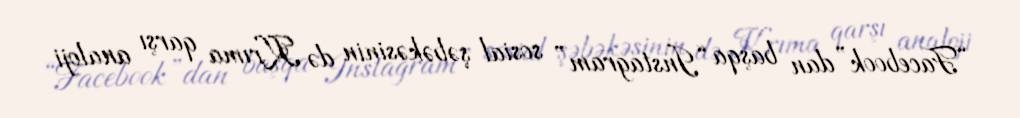
“Facebook”dan başqa “Instagram” sosial şəbəkəsinin də Krıma qarşı analoji